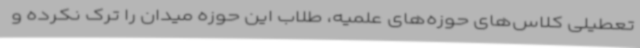
تعطیلی کلاس‌های حوزه‌های علمیه، طلاب این حوزه میدان را ترک نکرده و